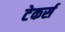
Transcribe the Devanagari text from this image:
टेकर्स